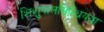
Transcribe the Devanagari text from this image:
शिशुपालसिन्धियया